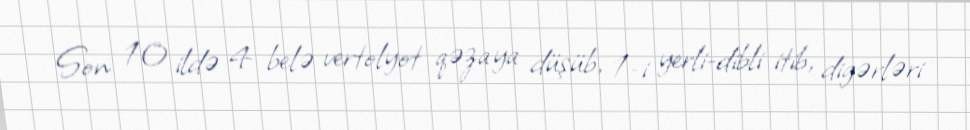
Son 10 ildə 4 belə vertolyot qəzaya düşüb, 1-i yerli-dibli itib, digərləri